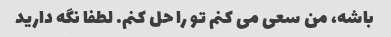
باشه، من سعی می کنم تو را حل کنم. لطفا نگه دارید